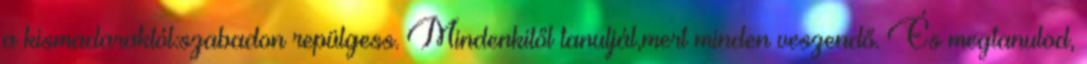
a kismadaraktól:szabadon repülgess. Mindenkitől tanuljál,mert minden veszendő. És megtanulod,